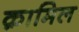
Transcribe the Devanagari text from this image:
क़ामिल